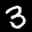
Label: 3